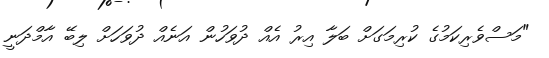
"މަސްވެރިކަމުގެ ކުރިމަގަށް ބަލާ އިރު އެއް ދުވަހުން އަނެއް ދުވަހަށް ލިބޭ އާމްދަނީ